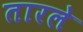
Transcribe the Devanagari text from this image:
तारले